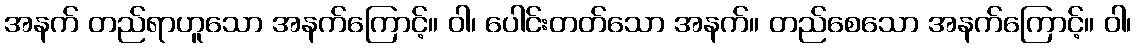
အနက် တည်ရာဟူသော အနက်ကြောင့်။ ဝါ၊ ပေါင်းတတ်သော အနက်။ တည်စေသော အနက်ကြောင့်။ ဝါ၊